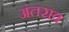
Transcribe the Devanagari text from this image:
अंतराव